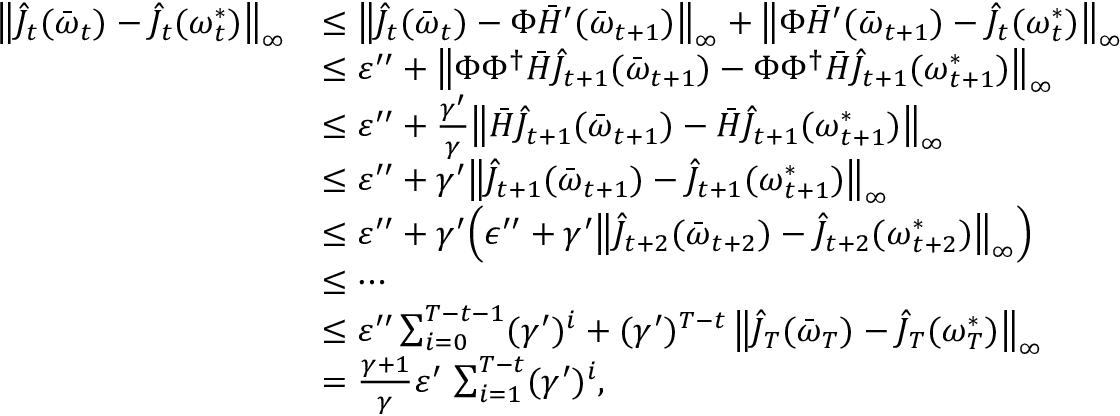
\begin{array} { r l } { \bigl \| \hat { J } _ { t } ( \bar { \boldsymbol { \omega } } _ { t } ) - \hat { J } _ { t } ( \boldsymbol { \omega } _ { t } ^ { * } ) \bigr \| _ { \infty } } & { \leq \bigl \| \hat { J } _ { t } ( \bar { \boldsymbol { \omega } } _ { t } ) - \Phi \bar { H } ^ { \prime } ( \bar { \boldsymbol { \omega } } _ { t + 1 } ) \bigr \| _ { \infty } + \bigl \| \Phi \bar { H } ^ { \prime } ( \bar { \boldsymbol { \omega } } _ { t + 1 } ) - \hat { J } _ { t } ( \boldsymbol { \omega } _ { t } ^ { * } ) \bigr \| _ { \infty } } \\ & { \le \varepsilon ^ { \prime \prime } + \bigl \| \Phi \Phi ^ { \dagger } \bar { H } \hat { J } _ { t + 1 } ( \bar { \boldsymbol { \omega } } _ { t + 1 } ) - \Phi \Phi ^ { \dagger } \bar { H } \hat { J } _ { t + 1 } ( \boldsymbol { \omega } _ { t + 1 } ^ { * } ) \bigr \| _ { \infty } } \\ & { \leq \varepsilon ^ { \prime \prime } + \frac { \gamma ^ { \prime } } { \gamma } \bigl \| \bar { H } \hat { J } _ { t + 1 } ( \bar { \boldsymbol { \omega } } _ { t + 1 } ) - \bar { H } \hat { J } _ { t + 1 } ( \boldsymbol { \omega } _ { t + 1 } ^ { * } ) \bigr \| _ { \infty } } \\ & { \leq \varepsilon ^ { \prime \prime } + \gamma ^ { \prime } \bigl \| \hat { J } _ { t + 1 } ( \bar { \boldsymbol { \omega } } _ { t + 1 } ) - \hat { J } _ { t + 1 } ( \boldsymbol { \omega } _ { t + 1 } ^ { * } ) \bigr \| _ { \infty } } \\ & { \le \varepsilon ^ { \prime \prime } + \gamma ^ { \prime } \Bigl ( \epsilon ^ { \prime \prime } + \gamma ^ { \prime } \bigl \| \hat { J } _ { t + 2 } ( \bar { \boldsymbol { \omega } } _ { t + 2 } ) - \hat { J } _ { t + 2 } ( \boldsymbol { \omega } _ { t + 2 } ^ { * } ) \bigr \| _ { \infty } \Bigr ) } \\ & { \le \cdots } \\ & { \le \varepsilon ^ { \prime \prime } \sum _ { i = 0 } ^ { T - t - 1 } ( \gamma ^ { \prime } ) ^ { i } + ( \gamma ^ { \prime } ) ^ { T - t } \, \bigl \| \hat { J } _ { T } ( \bar { \boldsymbol { \omega } } _ { T } ) - \hat { J } _ { T } ( \boldsymbol { \omega } _ { T } ^ { * } ) \bigr \| _ { \infty } } \\ & { = \frac { \gamma + 1 } { \gamma } \varepsilon ^ { \prime } \, \sum _ { i = 1 } ^ { T - t } ( \gamma ^ { \prime } ) ^ { i } , } \end{array}